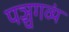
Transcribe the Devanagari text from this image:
पञ्चगव्यं